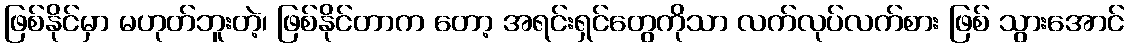
ဖြစ်နိုင်မှာ မဟုတ်ဘူးတဲ့၊ ဖြစ်နိုင်တာက တော့ အရင်းရှင်တွေကိုသာ လက်လုပ်လက်စား ဖြစ် သွားအောင်